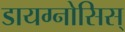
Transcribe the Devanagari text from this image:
डायग्नोसिस्